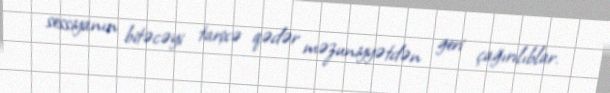
sessiyanın bitəcəyi tarixə qədər məzuniyyətdən geri çağırılıblar.